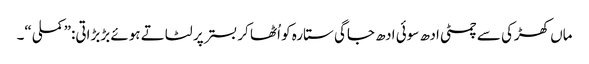
ماں کھڑکی سے چمٹی ادھ سوئی ادھ جاگی ستارہ کو اُٹھا کر بستر پر لٹاتے ہوئے بڑبڑاتی:”کملی“۔